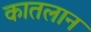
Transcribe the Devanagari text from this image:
कातलान